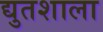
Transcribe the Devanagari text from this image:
द्युतशाला